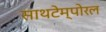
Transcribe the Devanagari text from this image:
साथटेम्पोरल